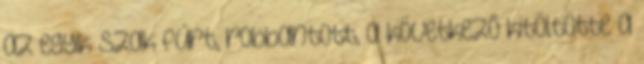
az egyik szak fúrt, robbantott, a következő kitöltötte a